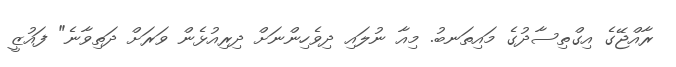
ރާއްޖޭގެ އިގްތިސާދުގެ މައިތަނބު. މިއާ ނުލައި ދިވެހިންނަށް ދިރިއުޅެން ވަރަށް ދަތިވާނެ" ފައުޒީ